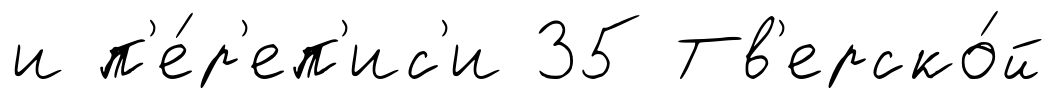
и п'е́р'еп'ис'и 35 Тв'ерско́й